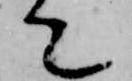
て